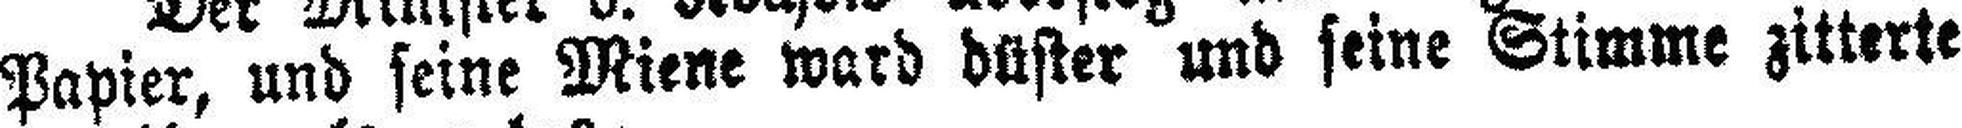
Papier, und seine Miene ward düster und seine Stimme zitterte